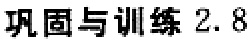
巩固与训练 2.8